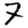
Digit: 7